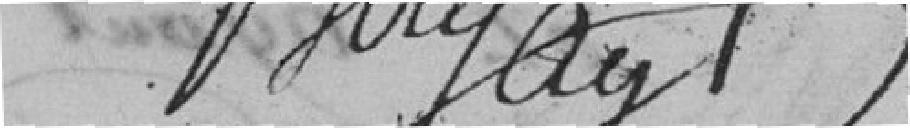
Birgay ?